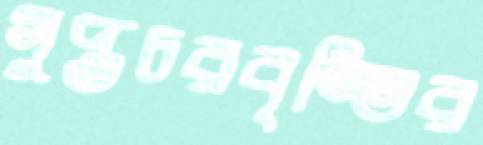
গুপ্তচরবৃত্তির